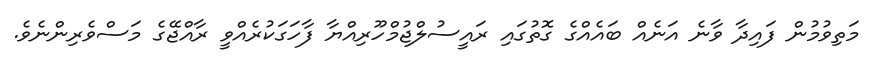
މަތިވުމުން ފައިދާ ވާނެ އަނެއް ބައެއްގެ ގޮތުގައި ރައީސުލްޖުމްހޫރިއްޔާ ފާހަގަކުރެއްވީ ރާއްޖޭގެ މަސްވެރިންނެވެ.